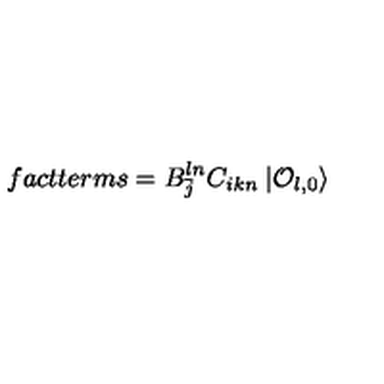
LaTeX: f a c t t e r m s = B _ { \bar { j } } ^ { l n } C _ { i k n } \: | { \cal O } _ { l , 0 } \rangle \,